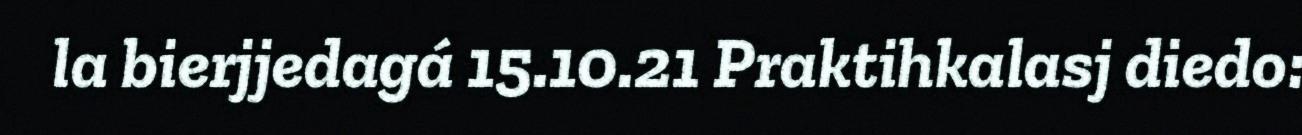
la bierjjedagá 15.10.21 Praktihkalasj diedo: